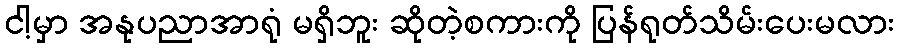
ငါ့မှာ အနုပညာအာရုံ မရှိဘူး ဆိုတဲ့စကားကို ပြန်ရုတ်သိမ်းပေးမလား